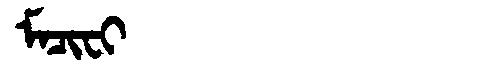
Manchu: ᠮᠠᠴᡳᠸᡳ
Romanization: MACIFI